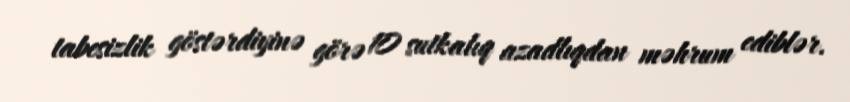
tabesizlik göstərdiyinə görə 10 sutkalıq azadlıqdan məhrum ediblər.